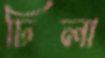
ঢিলা